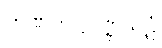
တိဏကဋ္ဌပဏ္ဏသဋံ